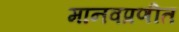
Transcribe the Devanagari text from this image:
मानवप्रणीत